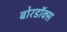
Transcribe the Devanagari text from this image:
बोरडॉक्स